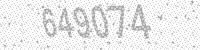
Solution: 649074